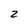
Character: z